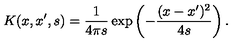
K ( x , x ^ { \prime } , s ) = { \frac { 1 } { 4 \pi s } } \exp \left( - { \frac { ( x - x ^ { \prime } ) ^ { 2 } } { 4 s } } \right) .